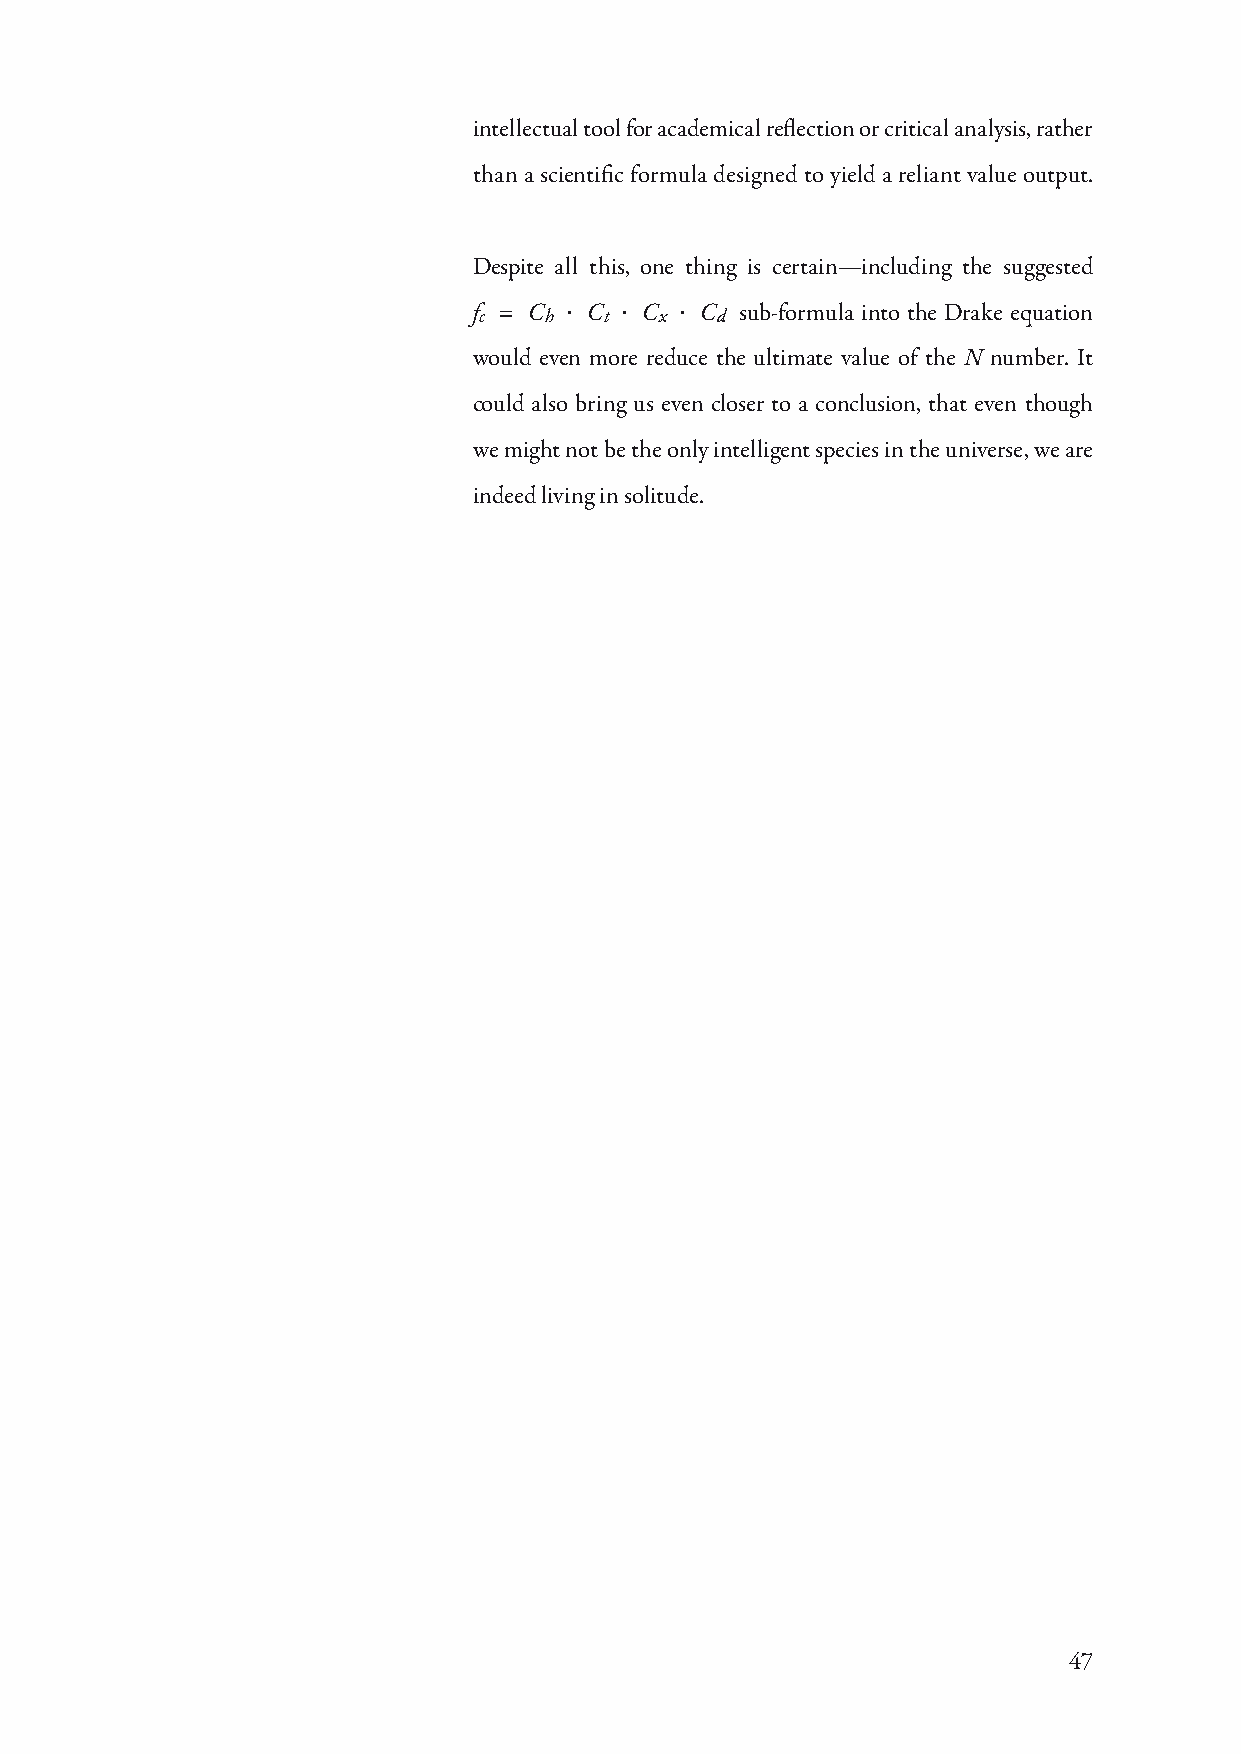
intellectual tool for academical reflection or critical analysis, rather
 than a scientific formula designed to yield a reliant value output.
 Despite all this, one thing is certain—including the suggested
 fc = Ch · Ct · Cx · Cd sub-formula into the Drake equation
 would even more reduce the ultimate value of the N number. It
 could also bring us even closer to a conclusion, that even though
 we might not be the only intelligent species in the universe, we are
 indeed living in solitude.
 47